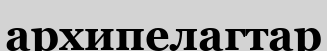
архипелагтар